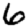
Digit: 6